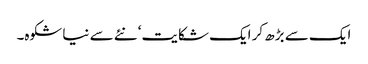
ایک سے بڑھ کر ایک شکایت‘ نئے سے نیا شکوہ۔